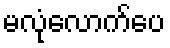
မလုံလောက်ပေ